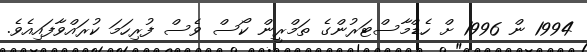
1994 ން 1996 ށް ހެޑްމާސްޓަރުންގެ ތަމްރީން ކޯސް ވެސް ފުރިހަމަ ކުރައްވާފައިއެވެ.